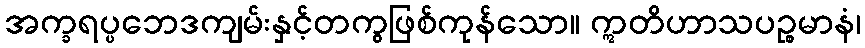
အက္ခရပ္ပဘေဒကျမ်းနှင့်တကွဖြစ်ကုန်သော။ ဣတိဟာသပဉ္စမာနံ၊